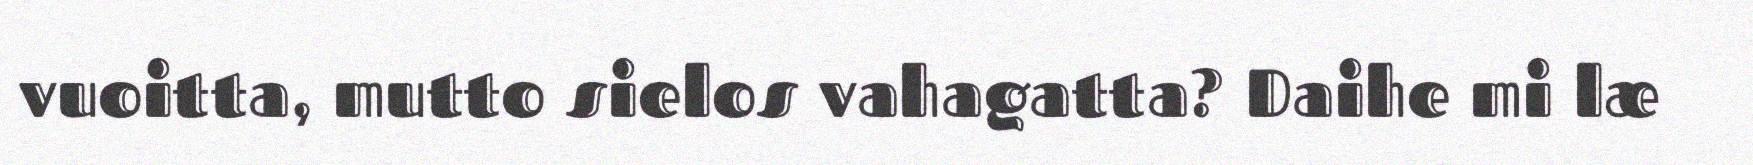
vuoitta, mutto sielos vahagatta? Daihe mi læ